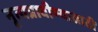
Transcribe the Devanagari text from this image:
नृत्यप्रावीण्यासाठी